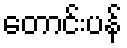
တောင်းပန်